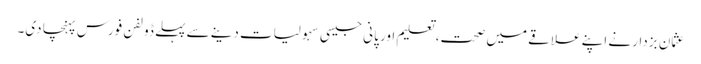
عثمان بزدار نے اپنے علاقے میں صحت، تعلیم اور پانی جیسی سہولیات دینے سے پہلے ڈولفن فورس پہنچا دی۔